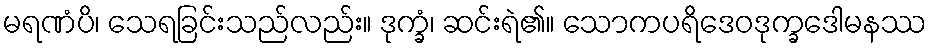
မရဏံပိ၊ သေရခြင်းသည်လည်း။ ဒုက္ခံ၊ ဆင်းရဲ၏။ သောကပရိဒေဝဒုက္ခဒေါမနဿ